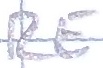
Text: RE